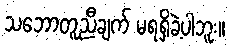
သဘောတူညီချက် မရရှိခဲ့ပါဘူး။